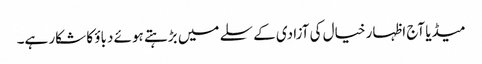
میڈیا آج اظہار خیال کی آزادی کے سلے میں بڑہتے ہوئے دباؤ کا شکار ہے۔